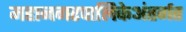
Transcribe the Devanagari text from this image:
महानगरपालिकेअंतर्गत